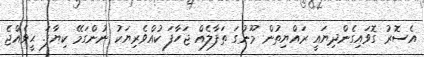
އެސޮރު ގޮވައިގެންދިޔައީ ރައްޔިތުުން މޫނުގަ ތަފާލެއް ޖަހާފަ ކުއްވެރިޔަކު ނުންގަމޭ ކިޔާފަ. ޙީވެއްޖެ